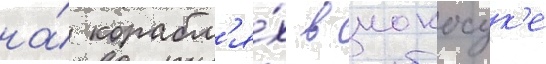
на́ корабл'я́х в иокосук'е